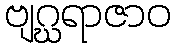
ဗျဂ္ဃရာဇာဝ